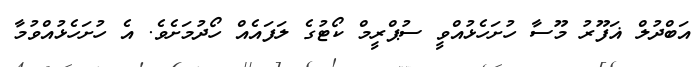
އަބްދުލް ޣަފޫރު މޫސާ ހުށަހެޅުއްވީ ސުޕްރީމް ކޯޓުގެ ލަފައެއް ހޯދުމަށެވެ. އެ ހުށަހެޅުއްވުމާ